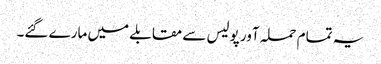
یہ تمام حملہ آور پولیس سے مقابلے میں مارے گئے۔